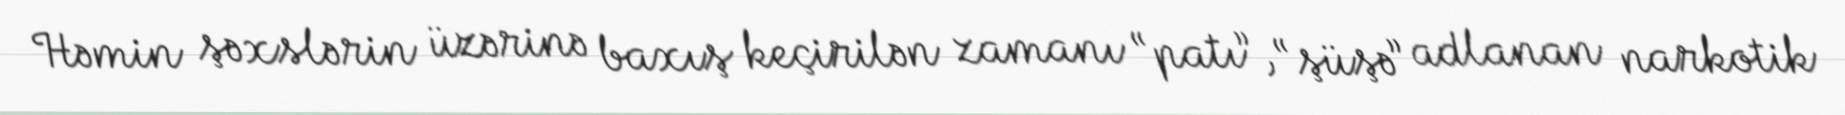
Həmin şəxslərin üzərinə baxış keçirilən zamanı “patı”, “şüşə” adlanan narkotik